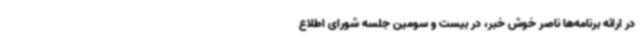
در ارائه برنامه‌ها ناصر خوش خبر، در بیست و سومین جلسه شورای اطلاع